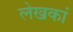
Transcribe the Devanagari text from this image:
लेखकां